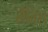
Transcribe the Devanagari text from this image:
सैंतिस